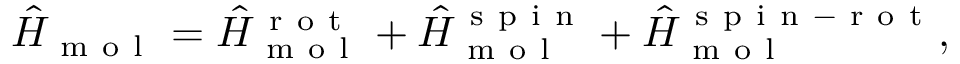
{ } \hat { H } _ { \mathrm { ~ m ~ o ~ l ~ } } = \hat { H } _ { \mathrm { ~ m ~ o ~ l ~ } } ^ { \mathrm { ~ r ~ o ~ t ~ } } + \hat { H } _ { \mathrm { ~ m ~ o ~ l ~ } } ^ { \mathrm { ~ s ~ p ~ i ~ n ~ } } + \hat { H } _ { \mathrm { ~ m ~ o ~ l ~ } } ^ { \mathrm { ~ s ~ p ~ i ~ n ~ - ~ r ~ o ~ t ~ } } ,